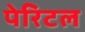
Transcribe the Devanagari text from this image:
पेरिटल